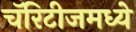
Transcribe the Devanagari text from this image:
चॅरिटीजमध्ये